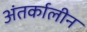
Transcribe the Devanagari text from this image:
अंतर्कालीन